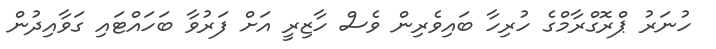
ހުނަރު ޕްރޮގްރާމްގެ ހުރިހާ ބައިވެރިން ވެސް ހާޒިރީ އަށް ފަރުވާ ބަހައްޓައި ގަވާއިދުން